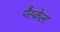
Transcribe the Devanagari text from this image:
पैस्केल